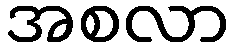
အစလာ